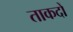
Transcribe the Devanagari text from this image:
ताकदों